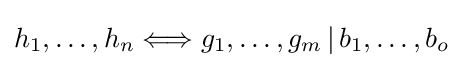
h_{1},\dots ,h_{n}\Longleftrightarrow g_{1},\dots ,g_{m}\,|\,b_{1},\dots ,b_{o}